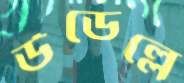
উডেল্লে